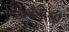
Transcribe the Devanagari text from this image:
कर्कपेशी